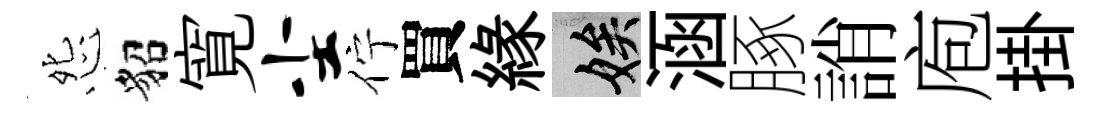
怨貂寛尘佇買縁娭涵䐁誚庖掛